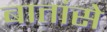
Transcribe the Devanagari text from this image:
बातांसे